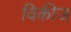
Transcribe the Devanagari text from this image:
विकीज